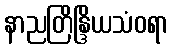
နာညတြိန္ဒြိယသံဝရာ